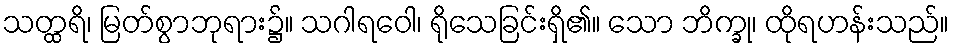
သတ္ထရိ၊ မြတ်စွာဘုရား၌။ သဂါရဝေါ၊ ရိုသေခြင်းရှိ၏။ သော ဘိက္ခု၊ ထိုရဟန်းသည်။